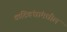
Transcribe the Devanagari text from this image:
कटिबंधांमधील